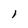
Character: 1